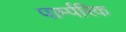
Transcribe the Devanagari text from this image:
पार्म्परिक